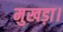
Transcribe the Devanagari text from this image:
मुखड़ा।